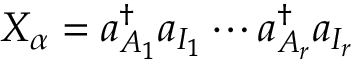
X _ { \alpha } = a _ { A _ { 1 } } ^ { \dag } a _ { I _ { 1 } } \cdots a _ { A _ { r } } ^ { \dag } a _ { I _ { r } }